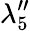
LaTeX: \lambda_{5}^{\prime\prime}